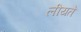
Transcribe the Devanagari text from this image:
लीयते